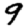
Digit: 9